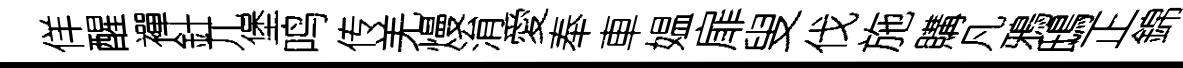
佯醒襌針兀堡鸣传羌熳㳙愛奉車媪扉叟伐施購凡鴉鴟正錦